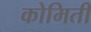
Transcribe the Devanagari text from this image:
कोमिती